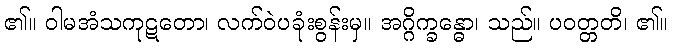
၏။ ဝါမအံသကုဋတော၊ လက်ဝဲပခုံးစွန်းမှ။ အဂ္ဂိက္ခန္ဓော၊ သည်။ ပဝတ္တတိ၊ ၏။